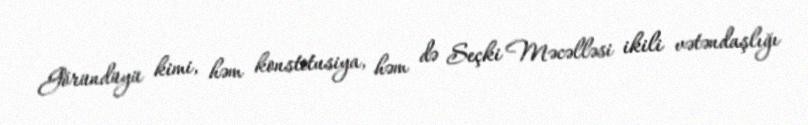
Göründüyü kimi, həm konstitusiya, həm də Seçki Məcəlləsi ikili vətəndaşlığı